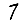
Digit: 7